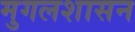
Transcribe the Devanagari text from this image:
मुगलशासन